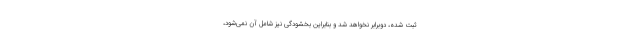
ثبت شده، دوبرابر نخواهد شد و بنابراین بخشودگی نیز شامل آن نمی‌شود،